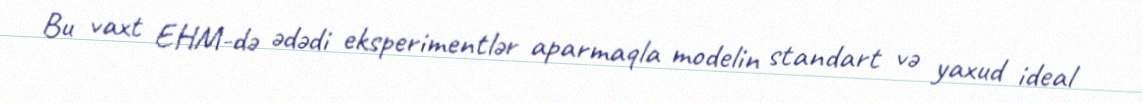
Bu vaxt EHM-də ədədi eksperimentlər aparmaqla modelin standart və yaxud ideal